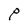
Character: P